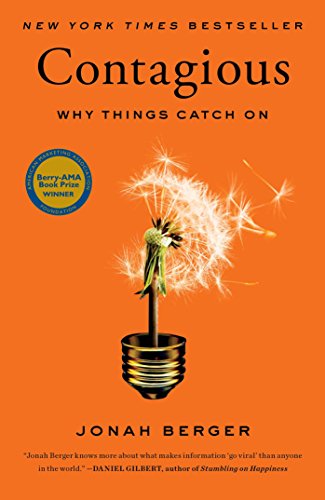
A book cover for Contagious: Why Things Catch On; Jonah Berger; Business & Money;